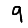
Digit: 9